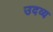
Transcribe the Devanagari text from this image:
उदव्य